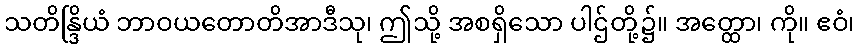
သတိန္ဒြိယံ ဘာဝယတောတိအာဒီသု၊ ဤသို့ အစရှိသော ပါဌ်တို့၌။ အတ္ထော၊ ကို။ ဧဝံ၊